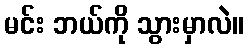
မင်း ဘယ်ကို သွားမှာလဲ။